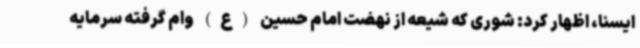
ایسنا، اظهار کرد: شوری که شیعه از نهضت امام حسین (ع) وام گرفته سرمایه